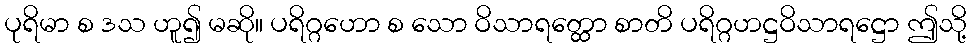
ပုရိမာ စ ဒသ ဟူ၍ မဆို။ ပရိဂ္ဂဟော စ သော ဝိသာရတ္ထော စာတိ ပရိဂ္ဂဟဋ္ဌဝိသာရဋ္ဌော ဤသို့